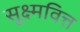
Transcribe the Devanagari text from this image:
सूक्ष्मवित्त